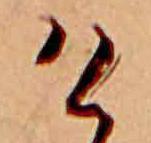
け